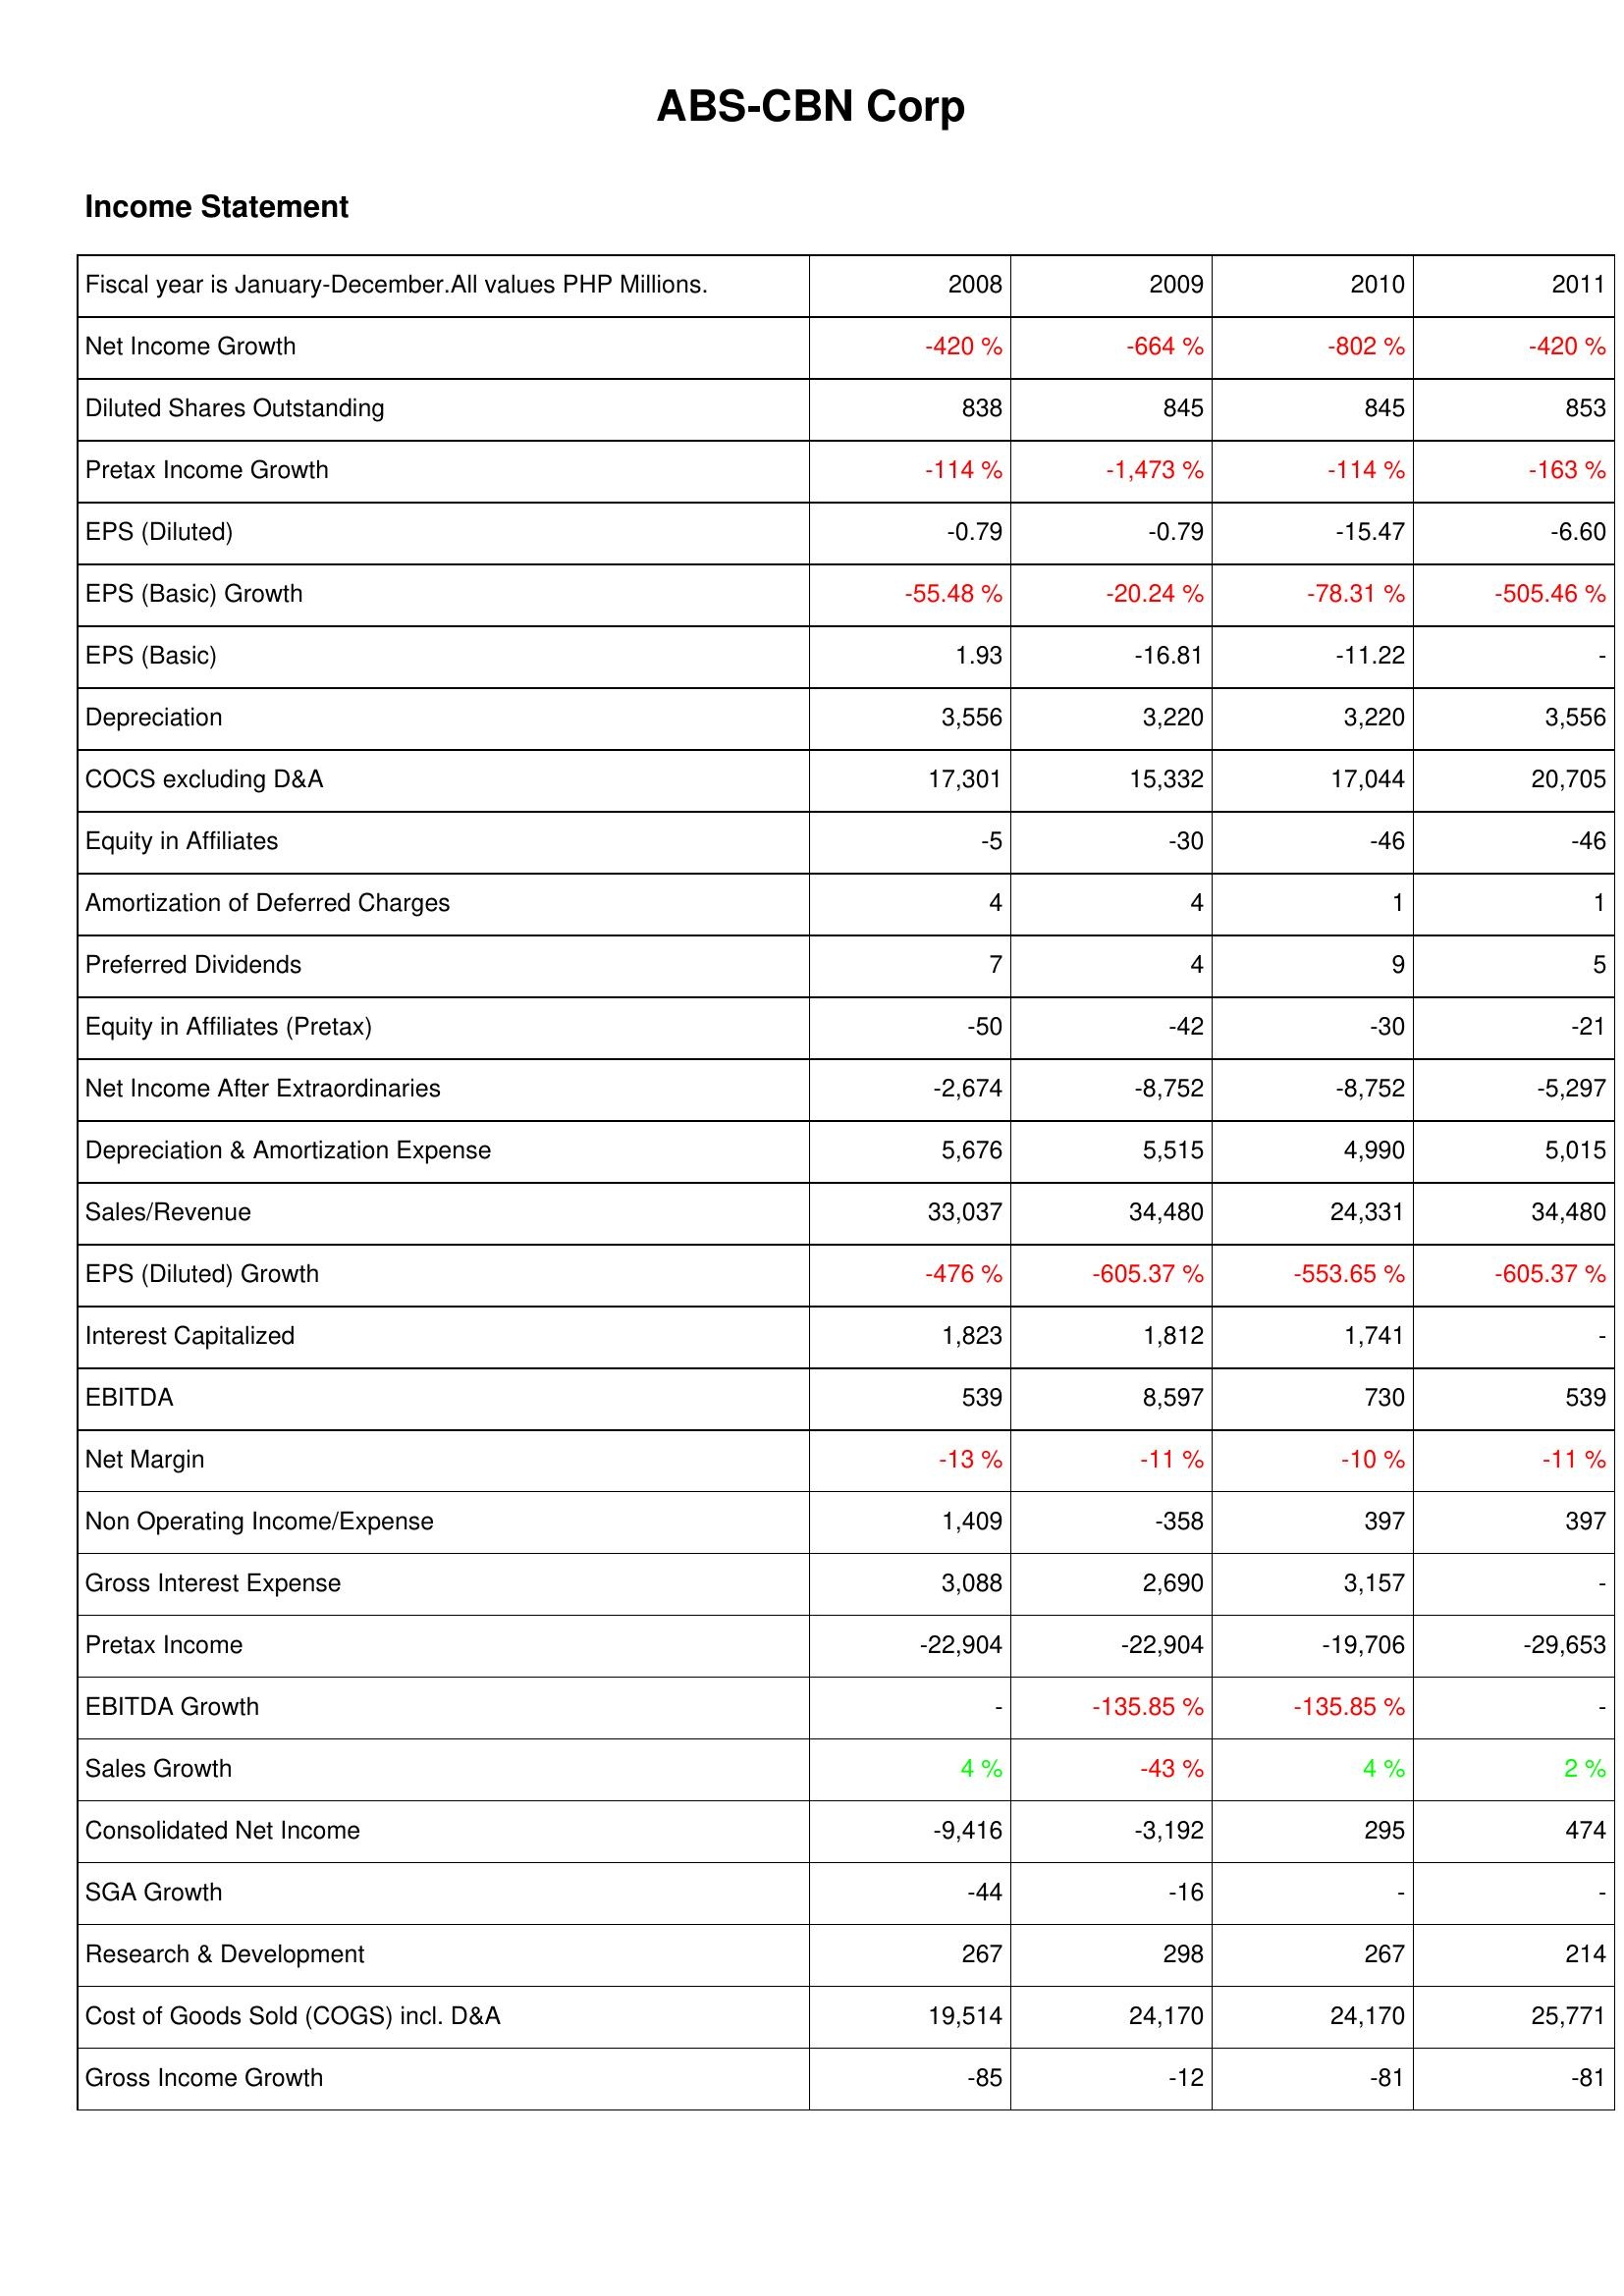
2008: Income Statement: Net Income Growth: -420 %
Diluted Shares Outstanding: 838
Pretax Income Growth: -114 %
EPS (Diluted): -0.79
EPS (Basic) Growth: -55.48 %
EPS (Basic): 1.93
Depreciation: 3,556
COCS excluding D&A: 17,301
Equity in Affiliates: -5
Amortization of Deferred Charges: 4
Preferred Dividends: 7
Equity in Affiliates (Pretax): -50
Net Income After Extraordinaries: -2,674
Depreciation & Amortization Expense: 5,676
Sales/Revenue: 33,037
EPS (Diluted) Growth: -476 %
Interest Capitalized: 1,823
EBITDA: 539
Net Margin: -13 %
Non Operating Income/Expense: 1,409
Gross Interest Expense: 3,088
Pretax Income: -22,904
EBITDA Growth: -
Sales Growth: 4 %
Consolidated Net Income: -9,416
SGA Growth: -44
Research & Development: 267
Cost of Goods Sold (COGS) incl. D&A: 19,514
Gross Income Growth: -85
2009: Income Statement: Net Income Growth: -664 %
Diluted Shares Outstanding: 845
Pretax Income Growth: -1,473 %
EPS (Diluted): -0.79
EPS (Basic) Growth: -20.24 %
EPS (Basic): -16.81
Depreciation: 3,220
COCS excluding D&A: 15,332
Equity in Affiliates: -30
Amortization of Deferred Charges: 4
Preferred Dividends: 4
Equity in Affiliates (Pretax): -42
Net Income After Extraordinaries: -8,752
Depreciation & Amortization Expense: 5,515
Sales/Revenue: 34,480
EPS (Diluted) Growth: -605.37 %
Interest Capitalized: 1,812
EBITDA: 8,597
Net Margin: -11 %
Non Operating Income/Expense: -358
Gross Interest Expense: 2,690
Pretax Income: -22,904
EBITDA Growth: -135.85 %
Sales Growth: -43 %
Consolidated Net Income: -3,192
SGA Growth: -16
Research & Development: 298
Cost of Goods Sold (COGS) incl. D&A: 24,170
Gross Income Growth: -12
2010: Income Statement: Net Income Growth: -802 %
Diluted Shares Outstanding: 845
Pretax Income Growth: -114 %
EPS (Diluted): -15.47
EPS (Basic) Growth: -78.31 %
EPS (Basic): -11.22
Depreciation: 3,220
COCS excluding D&A: 17,044
Equity in Affiliates: -46
Amortization of Deferred Charges: 1
Preferred Dividends: 9
Equity in Affiliates (Pretax): -30
Net Income After Extraordinaries: -8,752
Depreciation & Amortization Expense: 4,990
Sales/Revenue: 24,331
EPS (Diluted) Growth: -553.65 %
Interest Capitalized: 1,741
EBITDA: 730
Net Margin: -10 %
Non Operating Income/Expense: 397
Gross Interest Expense: 3,157
Pretax Income: -19,706
EBITDA Growth: -135.85 %
Sales Growth: 4 %
Consolidated Net Income: 295
SGA Growth: -
Research & Development: 267
Cost of Goods Sold (COGS) incl. D&A: 24,170
Gross Income Growth: -81
2011: Income Statement: Net Income Growth: -420 %
Diluted Shares Outstanding: 853
Pretax Income Growth: -163 %
EPS (Diluted): -6.60
EPS (Basic) Growth: -505.46 %
EPS (Basic): -
Depreciation: 3,556
COCS excluding D&A: 20,705
Equity in Affiliates: -46
Amortization of Deferred Charges: 1
Preferred Dividends: 5
Equity in Affiliates (Pretax): -21
Net Income After Extraordinaries: -5,297
Depreciation & Amortization Expense: 5,015
Sales/Revenue: 34,480
EPS (Diluted) Growth: -605.37 %
Interest Capitalized: -
EBITDA: 539
Net Margin: -11 %
Non Operating Income/Expense: 397
Gross Interest Expense: -
Pretax Income: -29,653
EBITDA Growth: -
Sales Growth: 2 %
Consolidated Net Income: 474
SGA Growth: -
Research & Development: 214
Cost of Goods Sold (COGS) incl. D&A: 25,771
Gross Income Growth: -81